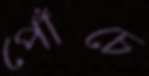
পোঁচে